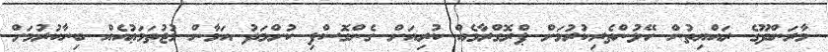
މާރަންދޫގެ ރައްޔިތުން ހޭލުންތެރިކުރުމަށް ޕްރޮގްރާމެއް ކުރިއަށް ގެންގޮސްފި ކުށްމަދު އަމާން މުޖުތަމަޢުއެއް ބިނާކުރުމަށް